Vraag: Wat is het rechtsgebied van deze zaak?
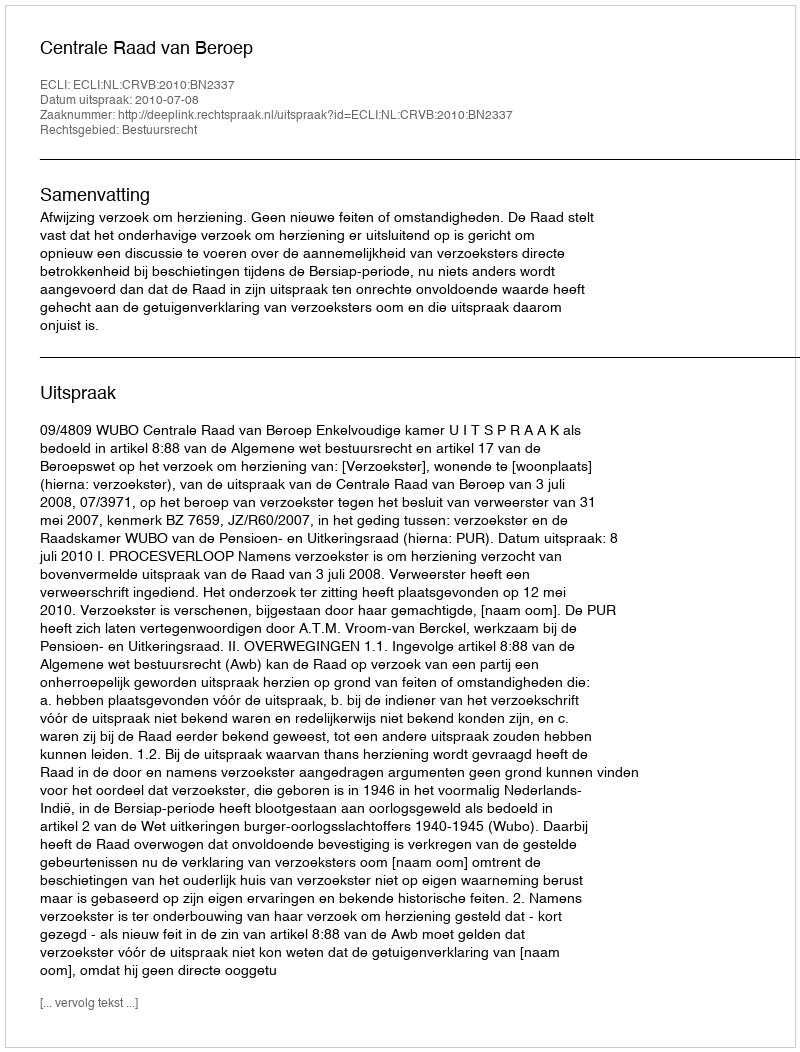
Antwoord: Bestuursrecht